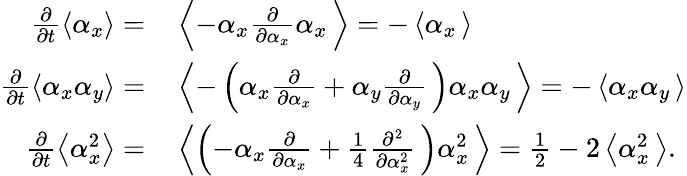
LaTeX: \begin{array}{rl}{\frac{\partial}{\partial t}\left\langle\alpha_{x}\right\rangle=}&{{}\left\langle-\alpha_{x}\frac{\partial}{\partial\alpha_{x}}\alpha_{x}\, \right\rangle=-\left\langle\alpha_{x}\, \right\rangle}\\ {\frac{\partial}{\partial t}\left\langle\alpha_{x}\alpha_{y}\right\rangle=}&{{}\left\langle-\left(\alpha_{x}\frac{\partial}{\partial\alpha_{x}}+\alpha_{y}\frac{\partial}{\partial\alpha_{y}}\, \right)\alpha_{x}\alpha_{y}\, \right\rangle=-\left\langle\alpha_{x}\alpha_{y}\, \right\rangle}\\ {\frac{\partial}{\partial t}\left\langle\alpha_{x}^{2}\right\rangle=}&{{}\left\langle\left(-\alpha_{x}\frac{\partial}{\partial\alpha_{x}}+\frac{1}{4}\frac{\partial^{2}}{\partial\alpha_{x}^{2}}\, \right)\alpha_{x}^{2}\, \right\rangle=\frac{1}{2}-2\left\langle\alpha_{x}^{2}\, \right\rangle.}\end{array}